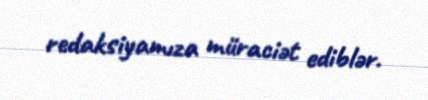
redaksiyamıza müraciət ediblər.